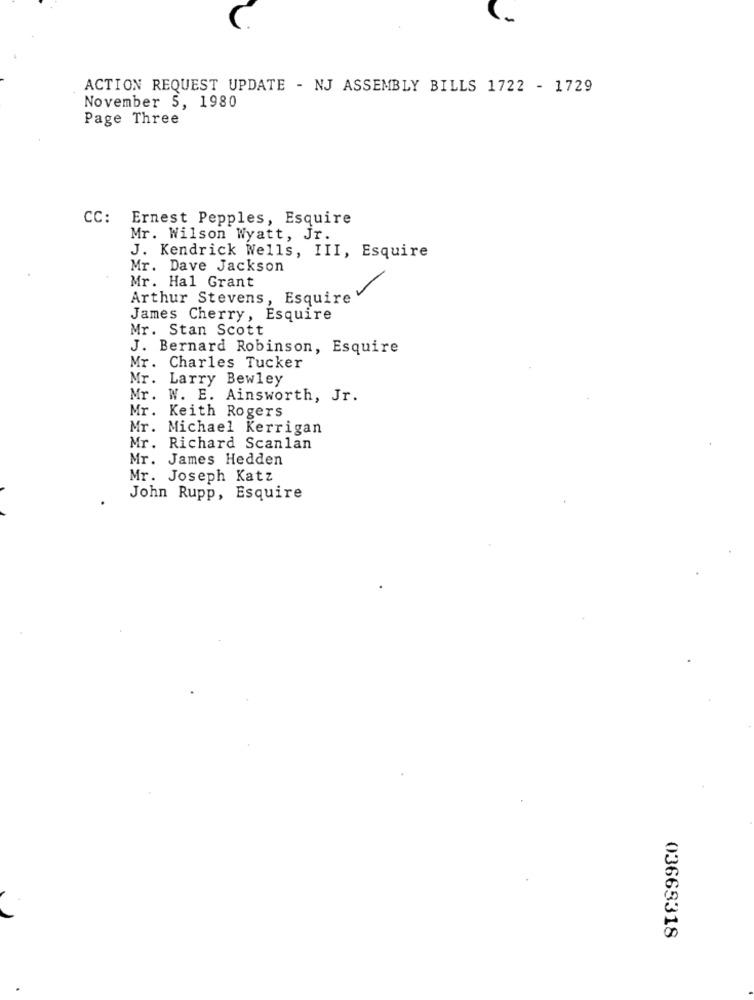
ACTION REQUEST UPDATE - NJ ASSEMBLY BILLS 1722 - 1729
November 5, 1980
Page Three
CC: Ernest Pepples, Esquire
Mr. Wilson Wyatt, Jr.
J. Kendrick Wells, III, Esquire
Mr. Dave Jackson
Mr. Hal Grant
Arthur Stevens, Esquire'
James Cherry, Esquire
Mr. Stan Scott
J. Bernard Robinson, Esquire
Mr. Charles Tucker
Mr. Larry Bewley
Mr. W. E. Ainsworth, Jr.
Mr. Keith Rogers
Mr. Michael Kerrigan
Mr. Richard Scanlan
Mr. James Hedden
Mr. Joseph Katz
John Rupp, Esquire
03663318